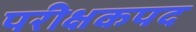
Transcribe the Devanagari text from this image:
परीक्षकपद